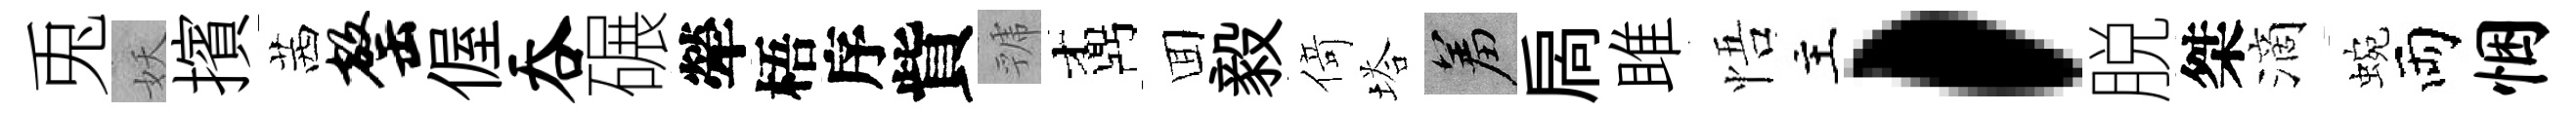
兎妖擯茜罄偓吞碾犖梧序貲虢鼒囬毅𠋣塔羞扄雎悟主，脱桀滴蜿両悃